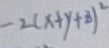
- 2 ( x + y + z ) ^ { 2 }